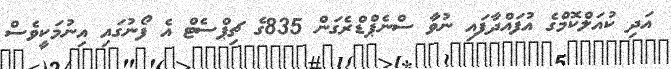
އަދި ކުއަލްކޮމްގެ އުފައްދާފައި ނުވާ ސްނެޕްޑްރެގަން 835ގެ ޗިޕްސެޓް އެ ފޯނުގައި އިނުމަކީވެސް